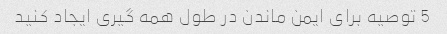
5 توصیه برای ایمن ماندن در طول همه گیری ایجاد کنید